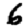
Digit: 6